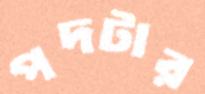
পদটার